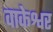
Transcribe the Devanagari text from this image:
वाकेश्वर